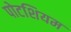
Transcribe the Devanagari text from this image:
पोटशियम